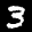
Label: 3